Vaccination in Bombay 1913-1923 - 1913-1923
Year: 1913
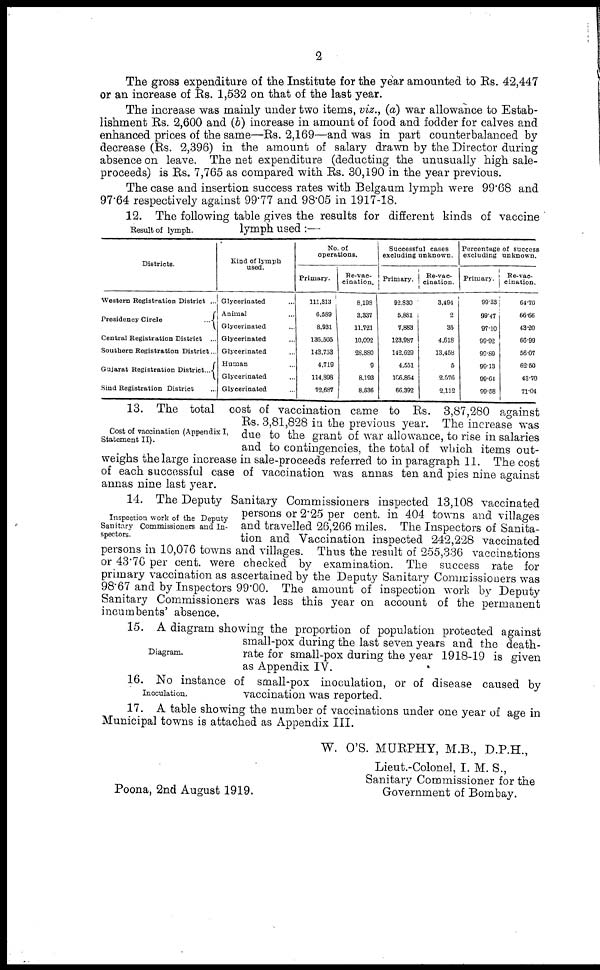
2
The gross expenditure of the Institute for the year amounted to Rs. 42,447
or an increase of Rs. 1,532 on that of the last year.
The increase was mainly under two items, viz., (a) war allowance to Estab-
lishment Rs. 2,600 and (b) increase in amount of food and fodder for calves and
enhanced prices of the same—Rs. 2,169—and was in part counterbalanced by
decrease (Rs. 2,396) in the amount of salary drawn by the Director during
absence on leave. The net expenditure (deducting the unusually high sale-
proceeds) is Rs. 7,765 as compared with Rs. 30,190 in the year previous.
The case and insertion success rates with Belgaum lymph were 99.68 and
97.64 respectively against 99.77 and 98.05 in 1917-18.
Result of lymph.
12. The following table gives the results for different kinds of vaccine
lymph used :—
Districts.
Western Registration District ...
Presidency Circle
...
Central Registration District ...
Southern Registration District...
Gujarat Registration District...
Sind Registration District
Kind of lymph
used.
Glycerinated ...
Animal ...
Glycerinated ...
Glycerinated ...
Glycerinated ....
Human ...
Glycerinated ...
Glycerinated ...
No. of
operations.
Primary.
111,313
6,589
8,931
136,505
143,733
4,719
114,898
72,687
Re-vac-
cination.
8,198
3,337
11,721
10,092
28,880
9
8,193
8,636
Successful cases
excluding unknown.
Primary.
92.830
5,881
7,883
123,987
142,629
4,551
106,864
66,392
Re-vac-
cination.
3,494
2
35
4,618
13,458
5
2,576
2,112
Percentage of success
excluding unknown.
Primary.
99.33
99.47
97.10
99.92
99.69
99.13
99.64
99.58
Re-vac-
cination.
64.70
66.66
43.20
66.99
56.07
62.50
43.70
71.04
Cost of vaccination (Appendix I,
Statement II).
13. The total cost of vaccination came to Rs. 3,87,280 against
Rs. 3,81,828 in the previous year. The increase was
due to the grant of war allowance, to rise in salaries
and to contingencies, the total of which items out-
weighs the large increase in sale-proceeds referred to in paragraph 11. The cost
of each successful case of vaccination was annas ten and pies nine against
annas nine last year.
Inspection work of the Deputy
Sanitary Commissioners and In-
spectors.
14. The Deputy Sanitary Commissioners inspected 13,108 vaccinated
persons or 2.25 per cent. in 404 towns and villages
and travelled 26,266 miles. The Inspectors of Sanita-
tion and Vaccination inspected 242,228 vaccinated
persons in 10,076 towns and villages. Thus the result of 255,336 vaccinations
or 43.76 per cent. were checked by examination. The success rate for
primary vaccination as ascertained by the Deputy Sanitary Comnnssioners was
98.67 and by Inspectors 99.00. The amount of inspection work by Deputy
Sanitary Commissioners was less this year on account of the permanent
incumbents' absence.
Diagram.
15. A diagram showing the proportion of population protected against
small-pox during the last seven years and the death-
rate for small-pox during the year 1918-19 is given
as Appendix IV.
Inoculation.
16. No instance of small-pox inoculation, or of disease caused by
vaccination was reported.
17. A table showing the number of vaccinations under one year of age in
Municipal towns is attached as Appendix III.
W. O'S. MURPHY, M.B., D.P.H.,
Lieut.-Colonel, I. M. S.,
Sanitary Commissioner for the
Government of Bombay.
Poona, 2nd August 1919.